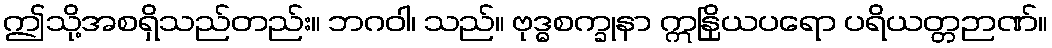
ဤသို့အစရှိသည်တည်း။ ဘဂဝါ၊ သည်။ ဗုဒ္ဓစက္ခုနာ ဣနြိယပရော ပရိယတ္တဉာဏ်။